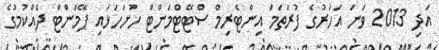
އަދި 2013 ވަނަ އަހަރުގެ ފުރަތަމަ އިންޓެރިމް ސްޓޭޓްމަންޓް ހުށަހަޅައި ޕޭމަންޓް ދެއްކުމުގެ